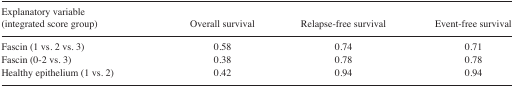
<table><thead><tr><td><b>Explanatory variable (integrated score group)</b></td><td><b>Overall survival</b></td><td><b>Relapse-free survival</b></td><td><b>Event-free survival</b></td></tr></thead><tbody><tr><td>Fascin (1 vs. 2 vs. 3)</td><td>0.58</td><td>0.74</td><td>0.71</td></tr><tr><td>Fascin (0–2 vs. 3)</td><td>0.38</td><td>0.78</td><td>0.78</td></tr><tr><td>Healthy epithelium (1 vs. 2)</td><td>0.42</td><td>0.94</td><td>0.94</td></tr></tbody></table>